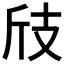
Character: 𢺼